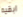
ابقيه